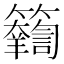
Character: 𥷴